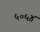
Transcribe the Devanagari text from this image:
५०५४